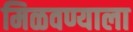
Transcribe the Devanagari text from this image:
मिळवण्याला